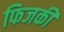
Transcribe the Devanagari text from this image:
फिजकी